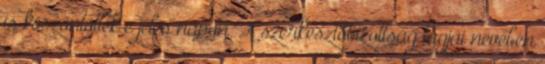
is köszöntötték e jeles napon. A szerkesztőbizottság tagjai nevében